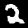
Digit: 2